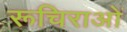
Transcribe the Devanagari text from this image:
रूचिराओं